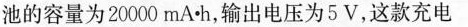
池的容量为20000mA·h，输出电压为5V，这款充电